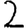
Digit: 2